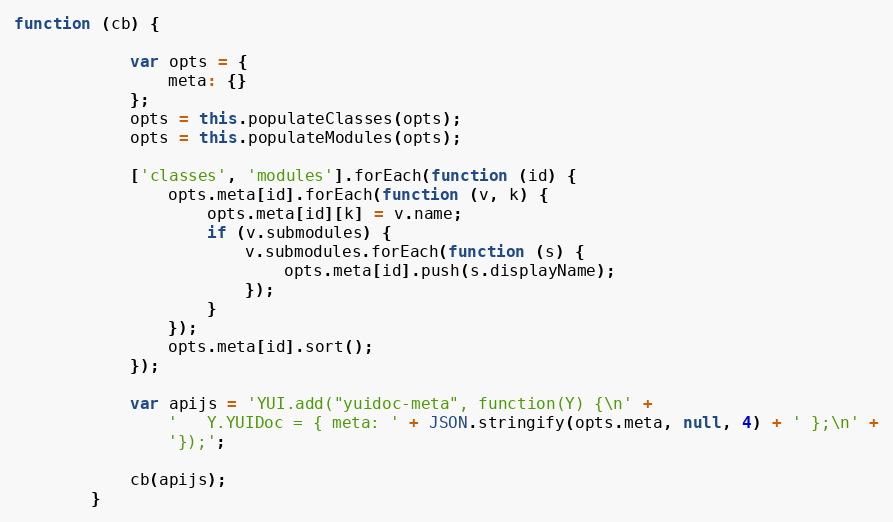
Language: JavaScript
function (cb) {

            var opts = {
                meta: {}
            };
            opts = this.populateClasses(opts);
            opts = this.populateModules(opts);

            ['classes', 'modules'].forEach(function (id) {
                opts.meta[id].forEach(function (v, k) {
                    opts.meta[id][k] = v.name;
                    if (v.submodules) {
                        v.submodules.forEach(function (s) {
                            opts.meta[id].push(s.displayName);
                        });
                    }
                });
                opts.meta[id].sort();
            });

            var apijs = 'YUI.add("yuidoc-meta", function(Y) {\n' +
                '   Y.YUIDoc = { meta: ' + JSON.stringify(opts.meta, null, 4) + ' };\n' +
                '});';

            cb(apijs);
        }